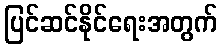
ပြင်ဆင်နိုင်ရေးအတွက်